Senior Leaving Certificate, 1943, 1943
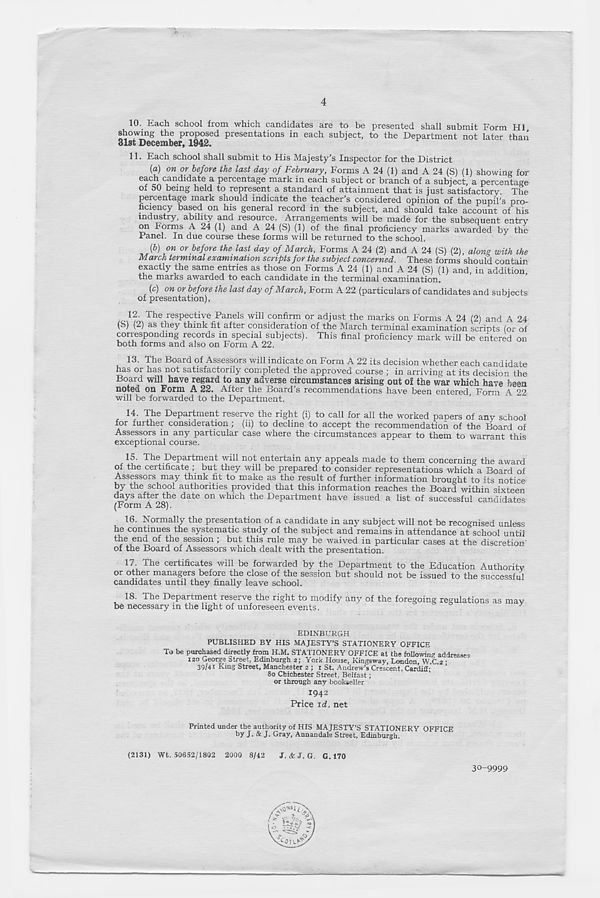
4
10. Each school from which candidates are to be presented shall submit Form HI
showing the proposed presentations in each subject, to the Department not later than
31st December, 1942.
11. Each school shall submit to His Majesty's Inspector for the District
(a) on or before the last day of February, Forms A 24 (1) and A 24 (S) (1) showing for
each candidate a percentage mark in each subject or branch of a subject, a percentage
of 50 being held to represent a standard of attainment that is just satisfactory. The
percentage mark should indicate the teacher s considered opinion of the pupil's pro-
ficiency based on his general record in the subject, and should take account of his
industry, ability and icsource. Arrangements will be made for the subsequent entry
on Forms A 24 (1) and A 24 (S) (1) of the final proficiency marks awarded by the
Panel. In due course these forms will be returned to the school.
{b) on or before the last day of March, Forms A 24 (2) and A 24 (S) (2), along with the
March terminal examination scripts for the subject concerned. These forms should contain
exactly the same entries as those on Forms A 24 (1) and A 24 (S) (1) and, in addition^
the marks awarded to each candidate in the terminal examination.
(c) on or before the last day of March, Form A 22 (particulars of candidates and subjects
of presentation).
12. The respective Panels will confirm or adjust the marks on Forms A 24 (2) and A 24
(S) (2) as they think fit after consideration of the March terminal examination scriots (or of
corresponding records in special subjects). This final proficiency mark will be entered on
both forms and also on Form A 22.
13. The Board of Assessors will indicate on Form A 22 its decision whether each candidate
has or has not satisfactorily completed the approved course ; in arriving at its decision the
Board will have regard to any adverse circumstances arising out of the war which have been
noted on Form A 22. After the Board’s recommendations have been entered. Form A 22
will be forwarded to the Department.
14. The Department reserve the right (i) to call for all the worked papers of any school
for further consideration ; (ii) to decline to accept the recommendation of the Board of
Assessors in any particular case where the circumstances appear to them to warrant this
exceptional course.
15. The Department will not entertain any appeals made to them concerning the award
of the certificate ; but they will be prepared to consider representations which a Board of
Assessors may think fit to make as the result of further information brought to its notice
by the school authorities provided that this information reaches the Board within sixteen
days after the date on which the Department have issued a list of successful candidates
(Form A 28).
16. Normally the presentation of a candidate in any subject will not be recognised unless
he continues the systematic study of the subject and remains in attendance at school until
the end of the session ; but this rule may be waived in particular cases at the discretion
of the Board of Assessors which dealt with the presentation.
17. The certificates will be forwarded by the Department to the Education Authority
or othet managers before the Close of die session but should not be issued to the successful
candidates until they finally leave school.
18. The Department reserve the right to modify any of the foregoing regulations as mav
be necessary in the light of unforeseen events.
^
EDINBURGH
PUBLISHED BY HIS MAJESTY’S STATIONERY OFFICE
To be purchased directly from H.M. STATIONERY OFFICE at the following addressee
iso George Street, Edinburgh 2; York House, Kingsway, London, W C 2 •
39/41 King Street, Manchester 2 ; 1 St. Andrew’s Crescent. Cardiff;
’
80 Chichester Street, Belfast;
or through any bookseller
I942
Price id. net
Printed under the authority of HIS MAJESTY’S STATIONERY OFFICE
by J. & J. Gray, Annandale Street, Edinburgh.
(2131) Wt. 50652/1802 2000 8/42
J. & <T. G. G. 170
30-9999